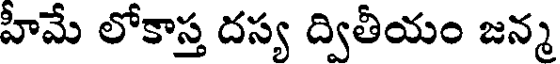
హీమే లోకాస్త దస్య ద్వితీయం జన్మ